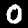
Label: 0